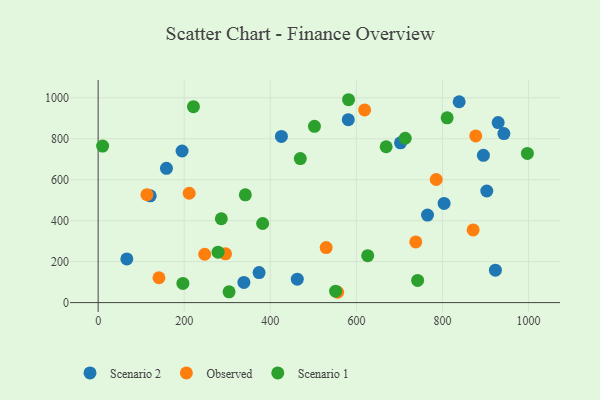
{"axis": {"x": "Engine Size", "y": "Yield"}, "legend": ["Observed", "Scenario 1", "Scenario 2"], "data": [{"x": "838.8", "y": 980.7, "type": "Scenario 2"}, {"x": "903.0", "y": 544.8, "type": "Scenario 2"}, {"x": "929.4", "y": 879.0, "type": "Scenario 2"}, {"x": "338.6", "y": 98.5, "type": "Scenario 2"}, {"x": "895.1", "y": 719.3, "type": "Scenario 2"}, {"x": "942.7", "y": 825.5, "type": "Scenario 2"}, {"x": "923.0", "y": 158.4, "type": "Scenario 2"}, {"x": "121.0", "y": 521.2, "type": "Scenario 2"}, {"x": "462.7", "y": 114.3, "type": "Scenario 2"}, {"x": "373.9", "y": 146.6, "type": "Scenario 2"}, {"x": "581.2", "y": 893.1, "type": "Scenario 2"}, {"x": "702.5", "y": 780.1, "type": "Scenario 2"}, {"x": "425.8", "y": 811.3, "type": "Scenario 2"}, {"x": "158.7", "y": 655.7, "type": "Scenario 2"}, {"x": "765.3", "y": 427.6, "type": "Scenario 2"}, {"x": "803.8", "y": 484.2, "type": "Scenario 2"}, {"x": "66.6", "y": 213.3, "type": "Scenario 2"}, {"x": "195.0", "y": 740.3, "type": "Scenario 2"}, {"x": "295.9", "y": 238.1, "type": "Observed"}, {"x": "113.4", "y": 527.2, "type": "Observed"}, {"x": "785.5", "y": 601.0, "type": "Observed"}, {"x": "871.3", "y": 355.0, "type": "Observed"}, {"x": "529.8", "y": 268.8, "type": "Observed"}, {"x": "738.0", "y": 296.1, "type": "Observed"}, {"x": "619.1", "y": 940.9, "type": "Observed"}, {"x": "556.5", "y": 50.4, "type": "Observed"}, {"x": "247.6", "y": 236.1, "type": "Observed"}, {"x": "211.6", "y": 534.0, "type": "Observed"}, {"x": "877.3", "y": 814.0, "type": "Observed"}, {"x": "141.3", "y": 121.3, "type": "Observed"}, {"x": "382.2", "y": 386.3, "type": "Scenario 1"}, {"x": "810.9", "y": 902.0, "type": "Scenario 1"}, {"x": "669.2", "y": 760.9, "type": "Scenario 1"}, {"x": "286.2", "y": 409.4, "type": "Scenario 1"}, {"x": "626.3", "y": 228.9, "type": "Scenario 1"}, {"x": "742.3", "y": 108.1, "type": "Scenario 1"}, {"x": "221.4", "y": 956.5, "type": "Scenario 1"}, {"x": "278.6", "y": 246.1, "type": "Scenario 1"}, {"x": "304.2", "y": 52.5, "type": "Scenario 1"}, {"x": "502.6", "y": 860.5, "type": "Scenario 1"}, {"x": "997.3", "y": 728.3, "type": "Scenario 1"}, {"x": "196.9", "y": 93.7, "type": "Scenario 1"}, {"x": "10.4", "y": 764.1, "type": "Scenario 1"}, {"x": "469.7", "y": 703.0, "type": "Scenario 1"}, {"x": "342.0", "y": 526.0, "type": "Scenario 1"}, {"x": "581.8", "y": 990.6, "type": "Scenario 1"}, {"x": "713.5", "y": 802.5, "type": "Scenario 1"}, {"x": "551.8", "y": 55.8, "type": "Scenario 1"}]}